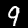
Digit: 9